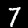
Label: 7